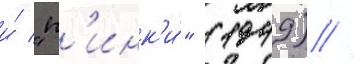
и́ "п'инк'и́" (1949) //